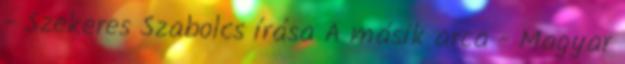
- Szekeres Szabolcs írása A másik arca - Magyar